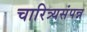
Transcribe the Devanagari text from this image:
चारित्र्यसंपन्न